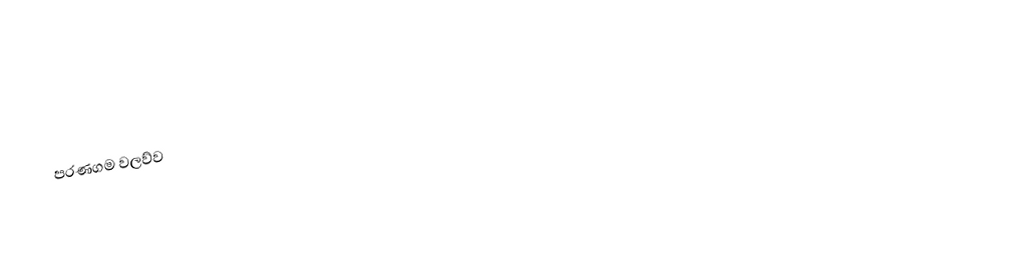
පරණගම වලව්ව